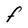
Character: F